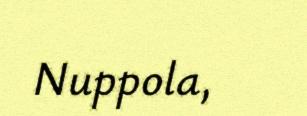
Nuppola,